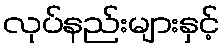
လုပ်နည်းများနှင့်